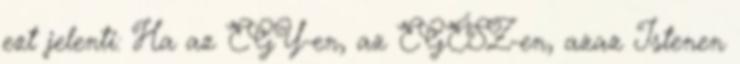
ezt jelenti: Ha az EGY-en, az EGÉSZ-en, azaz Istenen